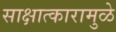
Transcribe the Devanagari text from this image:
साक्षात्कारामुळे